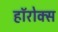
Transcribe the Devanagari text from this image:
हॉरोक्स